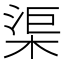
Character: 渠